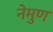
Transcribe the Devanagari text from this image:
नेमुण